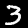
Digit: 3